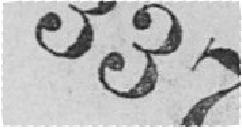
337